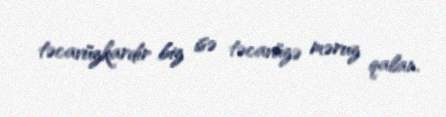
təcavüzkardır biz isə təcavüzə məruz qalan.